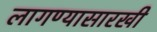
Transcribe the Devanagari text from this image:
लागण्यासारखी